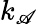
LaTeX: k_{\mathscr{A}}